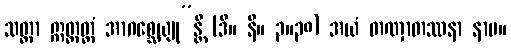
သတ္တာ ဣတ္ထတ္တံ အာဂစ္ဆေယျု”န္တိ (ဒီ။ နိ။ ၃။၃၈) အယံ တဏှာတဿနာ နာမ။